Scottish Certificate of Education, 1963
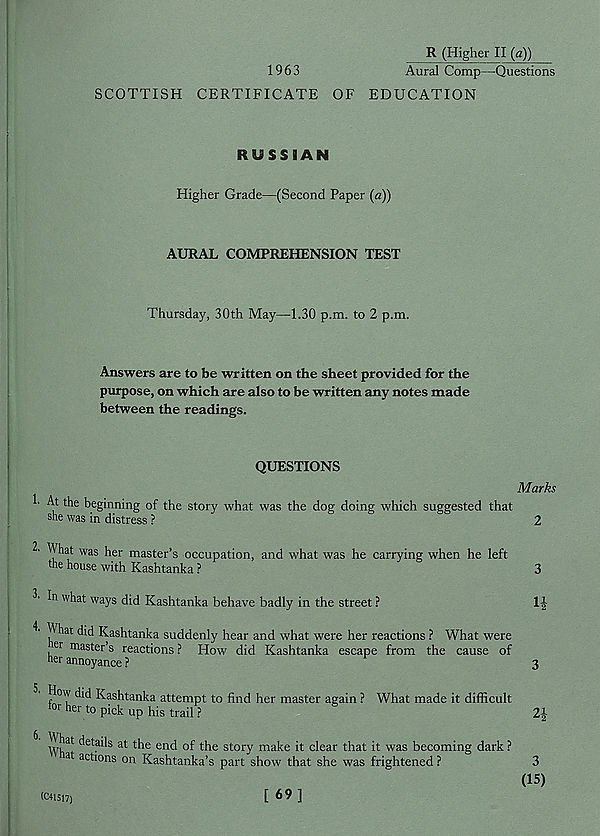
R (Higher II (a))
1963
Aural Comp—Questions
SCOTTISH CERTIFICATE OF EDUCATION
RUSSIAN
Higher Grade—(Second Paper (a))
AURAL COMPREHENSION TEST
Thursday, 30th May—1.30 p.m. to 2 p.m.
Answers are to be written on the sheet provided for the
purpose, on which are also to be written any notes made
between the readings.
QUESTIONS
Marks
1' At the beginning of the story what was the dog doing which suggested that
she was in distress ?
2
2- What was her master’s occupation, and what was he carrying when he left
the house with Kashtanka ?
3
3' In what ways did Kashtanka behave badly in the street ?
1J
A ^ hat did Kashtanka suddenly hear and what were her reactions ? What were
er master’s reactions ? Plow did Kashtanka escape from the cause of
net annoyance ?
3
How did Kashtanka attempt to find her master again ? What made it difficult
tor her to pick up his trail ?
2|
hat details at the end of the story make it clear that it was becoming dark ?
a actl°n s on Kashtanka’s part show that she was frightened ?
3
(15)
(C+1517)
[ 69 ]